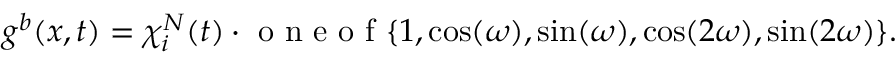
g ^ { b } ( x , t ) = \chi _ { i } ^ { N } ( t ) \cdot \mathrm { ~ o ~ n ~ e ~ o ~ f ~ } \{ 1 , \cos ( \omega ) , \sin ( \omega ) , \cos ( 2 \omega ) , \sin ( 2 \omega ) \} .